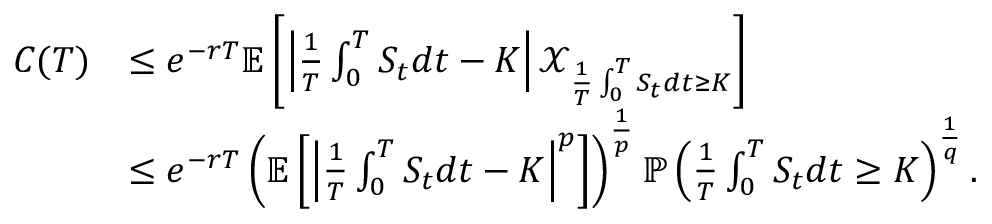
\begin{array} { r l } { C ( T ) } & { \leq e ^ { - r T } \mathbb { E } \left[ \left| \frac { 1 } { T } \int _ { 0 } ^ { T } S _ { t } d t - K \right| \mathcal { X } _ { \frac { 1 } { T } \int _ { 0 } ^ { T } S _ { t } d t \geq K } \right] } \\ & { \leq e ^ { - r T } \left( \mathbb { E } \left[ \left| \frac { 1 } { T } \int _ { 0 } ^ { T } S _ { t } d t - K \right| ^ { p } \right] \right) ^ { \frac { 1 } { p } } \mathbb { P } \left( \frac { 1 } { T } \int _ { 0 } ^ { T } S _ { t } d t \geq K \right) ^ { \frac { 1 } { q } } . } \end{array}